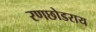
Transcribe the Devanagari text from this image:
रणछोडराय